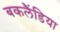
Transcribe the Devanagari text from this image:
बकलैंडिया